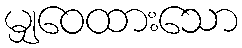
မျှဝေထားသော